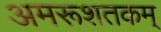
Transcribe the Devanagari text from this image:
अमरूशतकम्